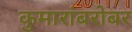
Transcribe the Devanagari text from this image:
कुमारांबरोबर